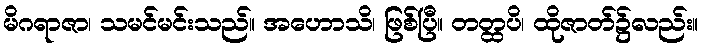
မိဂရာဇာ၊ သမင်မင်းသည်။ အဟောသိ၊ ဖြစ်ပြီ။ တတ္ထပိ၊ ထိုဇာတ်၌လည်း။